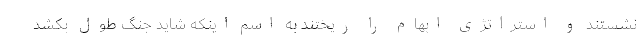
نشستند و استراتژی ابهام را ریختند به اسم اینکه شاید جنگ طول بکشد